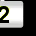
Digit: 2